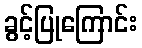
ခွင့်ပြုကြောင်း